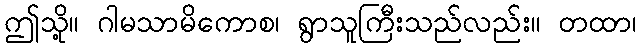
ဤသို့။ ဂါမသာမိကောစ၊ ရွာသူကြီးသည်လည်း။ တထာ၊